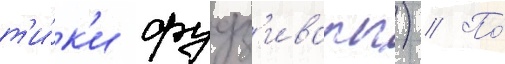
т'и́к'и фудз'ивары) // По́